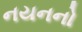
નયનનો